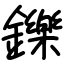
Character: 鑠